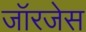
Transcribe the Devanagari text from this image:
जॉरजेस